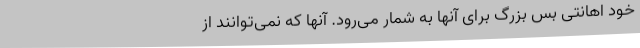
خود اهانتی بس بزرگ برای آنها به شمار می‌رود. آنها که نمی‌توانند از